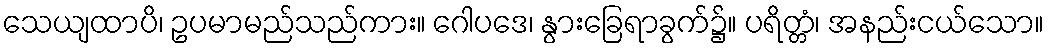
သေယျထာပိ၊ ဥပမာမည်သည်ကား။ ဂေါပဒေ၊ နွားခြေရာခွက်၌။ ပရိတ္တံ၊ အနည်းငယ်သော။